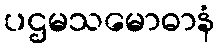
ပဌမသမောဓာနံ